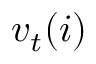
{ v _ { t } } ( i )